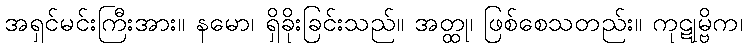
အရှင်မင်းကြီးအား။ နမော၊ ရှိခိုးခြင်းသည်။ အတ္ထု၊ ဖြစ်စေသတည်း။ ကုဋုမ္ဗိက၊